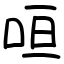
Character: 咺